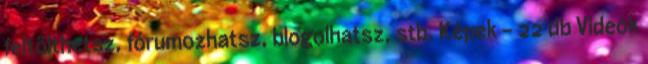
feltölthetsz, fórumozhatsz, blogolhatsz, stb. Képek - 22 db Videók